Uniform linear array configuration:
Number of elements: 8
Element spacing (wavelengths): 1
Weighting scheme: blackman
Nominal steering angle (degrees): -45
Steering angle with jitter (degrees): -44.976
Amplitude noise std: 0.05
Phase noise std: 0.05

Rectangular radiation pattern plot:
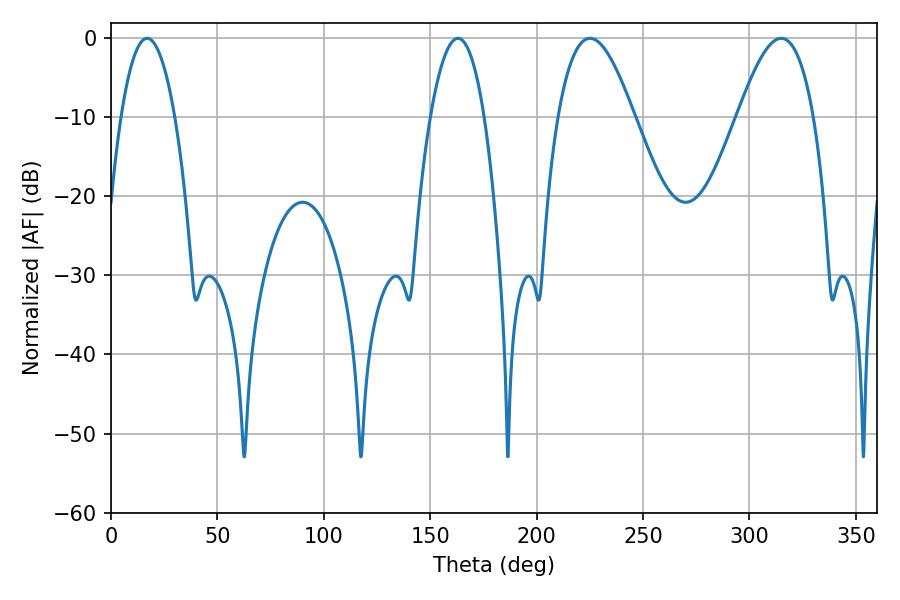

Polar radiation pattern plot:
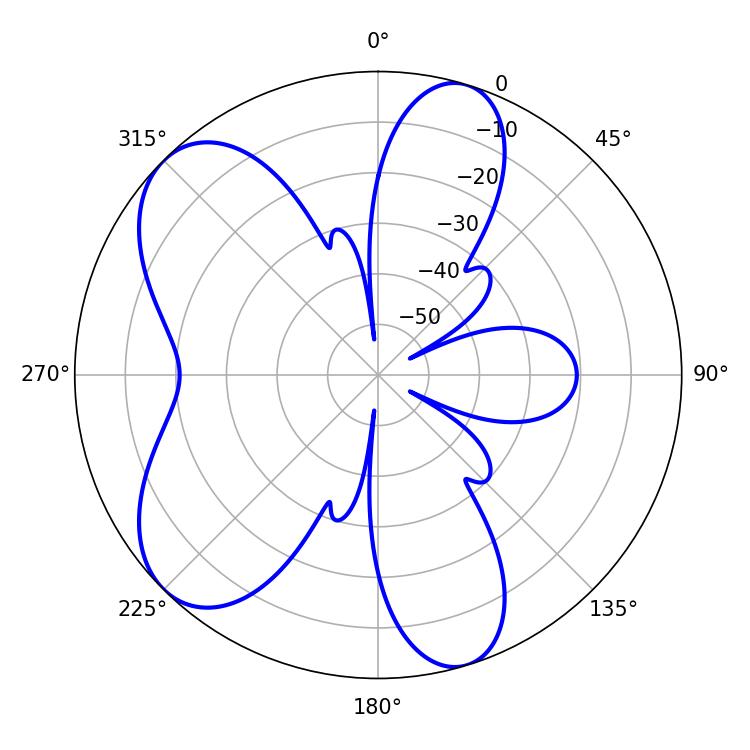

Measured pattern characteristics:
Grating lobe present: TRUE
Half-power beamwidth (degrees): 14.04
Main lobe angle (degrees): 16.92